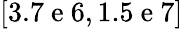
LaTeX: [3.7\mathrm{~e~}6,1.5\mathrm{~e~}7]